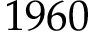
1 9 6 0